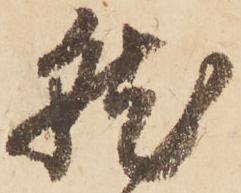
就